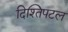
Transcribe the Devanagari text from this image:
दिश्तिपटल